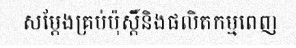
សម្តែងគ្រប់ប៉ុស្តិ៍និងផលិតកម្មពេញ